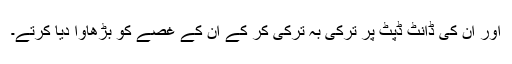
اور ان کی ڈانٹ ڈپٹ پر ترکی بہ ترکی کر کے ان کے غصے کو بڑھاوا دیا کرتے۔